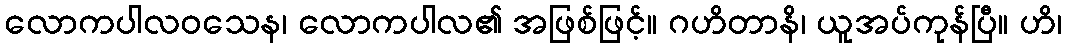
လောကပါလဝသေန၊ လောကပါလ၏ အဖြစ်ဖြင့်။ ဂဟိတာနိ၊ ယူအပ်ကုန်ပြီ။ ဟိ၊